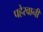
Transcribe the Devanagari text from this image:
पहेरवानी